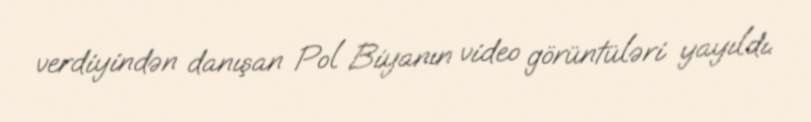
verdiyindən danışan Pol Biyanın video görüntüləri yayıldı.